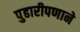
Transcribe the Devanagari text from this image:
पुढारीपणाने